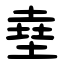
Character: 㙓